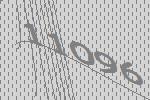
11096